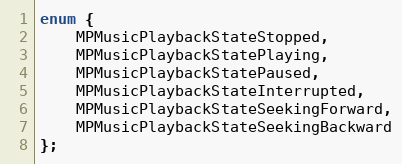
Language: C
enum {
    MPMusicPlaybackStateStopped,
    MPMusicPlaybackStatePlaying,
    MPMusicPlaybackStatePaused,
    MPMusicPlaybackStateInterrupted,
    MPMusicPlaybackStateSeekingForward,
    MPMusicPlaybackStateSeekingBackward
};